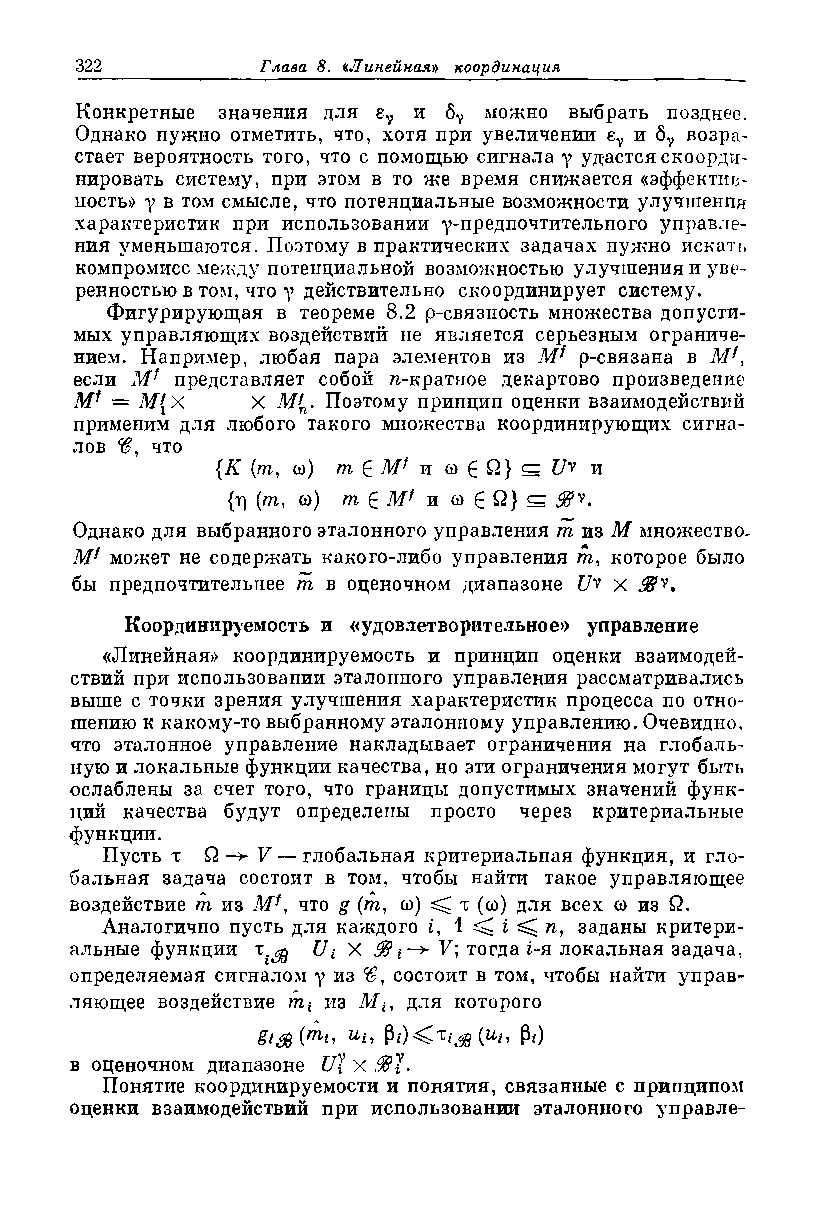
Конкретные значения для eY и 6V можно выбрать позднее.
 Однако нужно отметить, что, хотя при увеличении г7 и 67 возра­
 стает вероятность того, что с помощью сигнала у удастся скоорди­
 нировать систему, при этом в то же время снижается «эффектив-
 ность>> у в том смысле, что потенциальные возможности улучшения
 характеристик при использовании у-предпочтительного управле­
 ния уменьшаются. Поэтому в практических задачах нужно искать
 компромисс между потенциальной возможностью улучшения и уве­
 ренностью в том, что у действительно скоординирует систему.
 Фигурирующая в теореме 8.2 р-связность множества допусти­
 мых управляющих воздействий не является серьезным ограниче­
 нием. Например, любая пара элементов из М* р-связана в
 если Mf представляет собой ^-кратное декартово произведение
 Mf = М{Х    X М*п. Поэтому принцип оценки взаимодействий
 применим для любого такого множества координирующих сигна­
 лов  что
 {К (т, со) т £ Mf и со £ й} ^ C/v и
 {ц (т, со) т £ М1 и со £ й} ^ 88^.
 Однако для выбранного эталонного управления т из М множество.
 Mf может не содержать какого-либо управления т, которое было
 бы предпочтительнее т в оценочном диапазоне C/v х 98у.
 Координируемость и «удовлетворительное» управление
 «Линейная>> координируемость и принцип оценки взаимодей­
 ствий при использовании эталонного управления рассматривались
 выше с точки зрения улучшения характеристик процесса по отно­
 шению к какому-то выбранному эталонному управлению. Очевидно,
 что эталонное управление накладывает ограничения на глобаль­
 ную и локальные функции качества, но эти ограничения могут быть
 ослаблены за счет того, что границы допустимых значений функ­
 ций качества будут определены просто через критериальные
 функции.
 Пусть т Q -> V — глобальная критериальная функция, и гло­
 бальная задача состоит в том, чтобы найти такое управляющее
 воздействие т из Mf, что g (т, со) ^ т (со) для всех со из й.
 Аналогично пусть для каждого i, 1 ^ i ^ п, заданы критери­
 альные функции T jg Ui X 881 — V; тогда i-я локальная задача,
 определяемая сигналом у из состоит в том, чтобы найти управ­
 ляющее воздействие гсг* из Л/*, для которого
 gi^ij^ii И-м Рг) Р i)
 в оценочном диапазоне UJ X 88%.
 Понятие координируемости и понятия, связанные с принципом
 оценки взаимодействий при использовании эталонного управле-